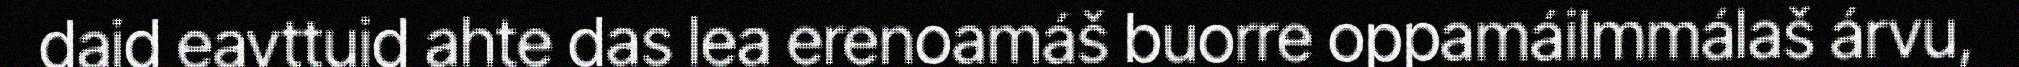
daid eavttuid ahte das lea erenoamáš buorre oppamáilmmálaš árvu,